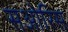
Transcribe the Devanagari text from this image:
सओरिस